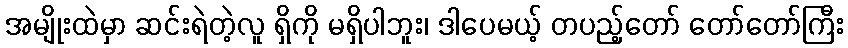
အမျိုးထဲမှာ ဆင်းရဲတဲ့လူ ရှိကို မရှိပါဘူး၊ ဒါပေမယ့် တပည့်တော် တော်တော်ကြီး